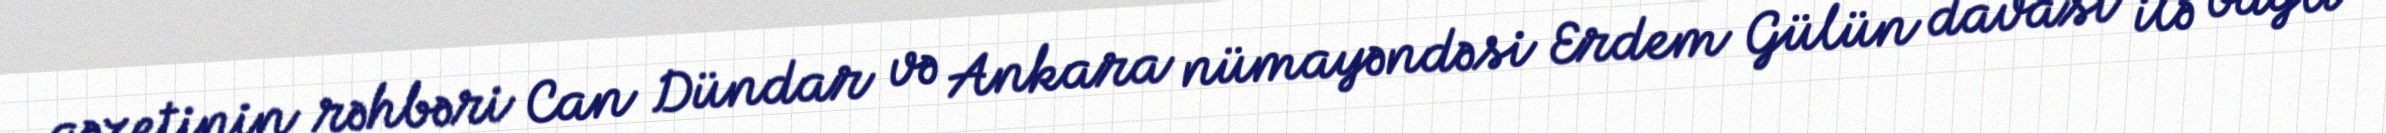
qəzetinin rəhbəri Can Dündar və Ankara nümayəndəsi Erdem Gülün davası ilə bağlı